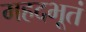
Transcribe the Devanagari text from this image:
महदभूतं